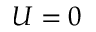
U = 0